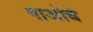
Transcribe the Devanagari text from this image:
गाओचे